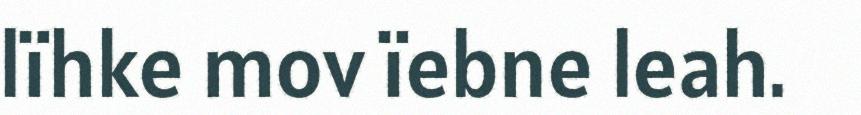
lïhke mov ïebne leah.